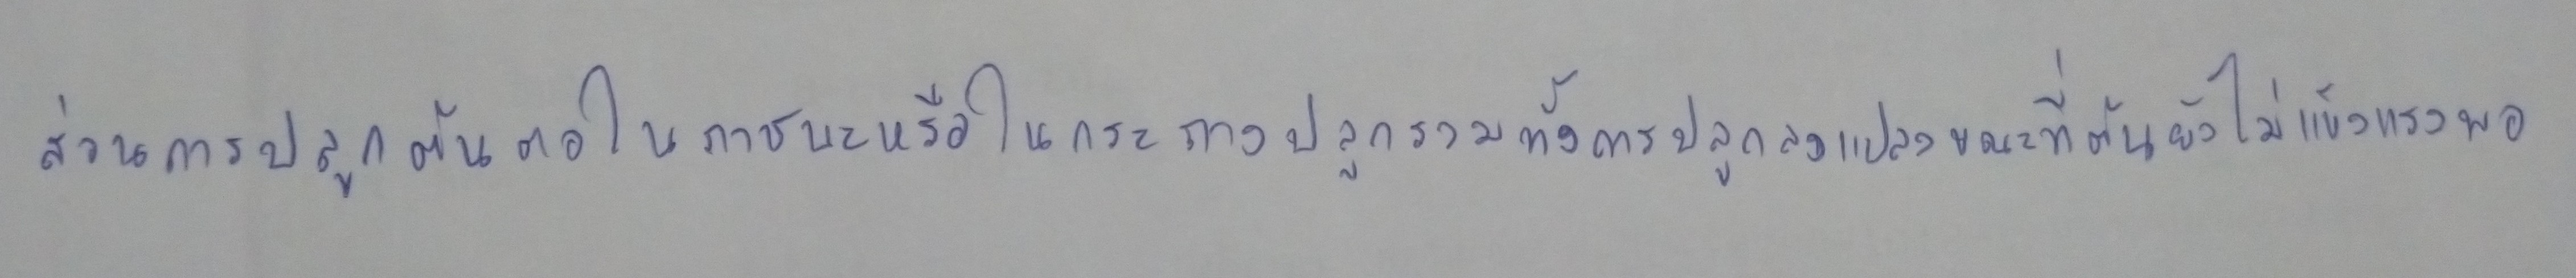
ส่วนการปลูกต้นตอในภาชนะหรือในกระถางปลูกรวมทั้งการปลูกลงแปลงขณะที่ต้นยังไม่แข็งแรงพอ